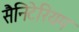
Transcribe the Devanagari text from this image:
सैनिटेरियम